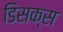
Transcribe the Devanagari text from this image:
डिसक्स